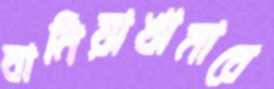
বানিয়াখামারে